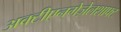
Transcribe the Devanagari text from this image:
अक्टीएनगेज़ेलशाफ्ट